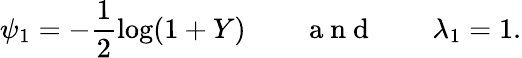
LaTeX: \psi_{1}=-\frac{1}{2}\log(1+Y)\qquad\mathrm{~a~n~d~}\qquad\lambda_{1}=1.